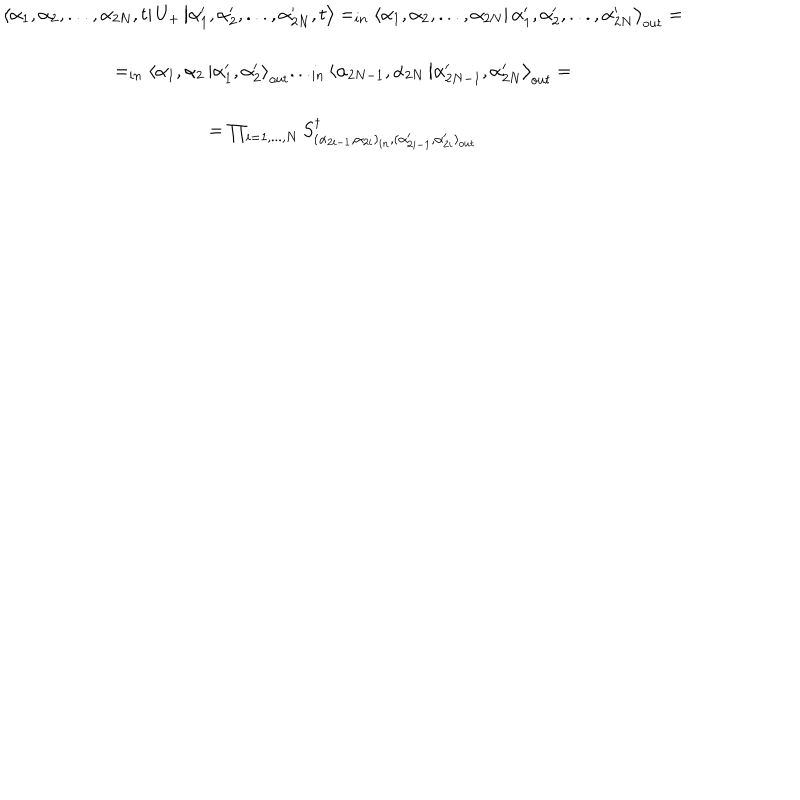
\begin{array} { c } { { \displaystyle \left\langle \alpha _ { 1 } , \alpha _ { 2 } , . . . , \alpha _ { 2 N } , t \right| U _ { + } \left| \alpha _ { 1 } ^ { \prime } , \alpha _ { 2 } ^ { \prime } , . . . , \alpha _ { 2 N } ^ { \prime } , t \right\rangle = _ { i n } \left\langle \alpha _ { 1 } , \alpha _ { 2 } , . . . , \alpha _ { 2 N } \right| \left. \alpha _ { 1 } ^ { \prime } , \alpha _ { 2 } ^ { \prime } , . . . , \alpha _ { 2 N } ^ { \prime } \right\rangle _ { o u t } = } } \\ { { = _ { i n } \left\langle \alpha _ { 1 } , \alpha _ { 2 } \right. \left| \alpha _ { 1 } ^ { \prime } , \alpha _ { 2 } ^ { \prime } \right\rangle _ { o u t } . . . _ { i n } \left\langle \alpha _ { 2 N - 1 } , \alpha _ { 2 N } \right. \left| \alpha _ { 2 N - 1 } ^ { \prime } , \alpha _ { 2 N } ^ { \prime } \right\rangle _ { o u t } = } } \\ { { = \prod _ { i = 1 , . . . , N } S _ { ( \alpha _ { 2 i - 1 } , \alpha _ { 2 i } ) _ { i n } , ( \alpha _ { 2 i - 1 } ^ { \prime } , \alpha _ { 2 i } ^ { \prime } ) _ { o u t } } ^ { \dagger } } } \\ \end{array}